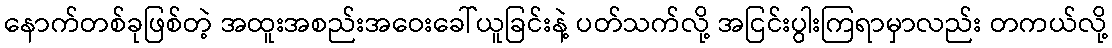
နောက်တစ်ခုဖြစ်တဲ့ အထူးအစည်းအဝေးခေါ်ယူခြင်းနဲ့ ပတ်သက်လို့ အငြင်းပွါးကြရာမှာလည်း တကယ်လို့